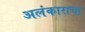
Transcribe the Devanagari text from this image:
अलंकाराचा